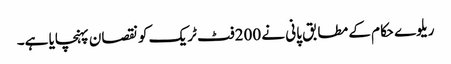
ریلوے حکام کے مطابق پانی نے 200فٹ ٹریک کو نقصان پہنچایا ہے۔